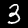
Digit: 3